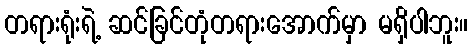
တရားရုံးရဲ့ ဆင်ခြင်တုံတရားအောက်မှာ မရှိပါဘူး။